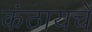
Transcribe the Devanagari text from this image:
कंठायचे